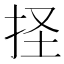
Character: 𢫞